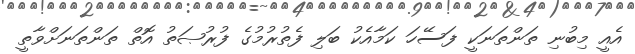
އެއީ މިބުނި ތަންތަނަކީ ފަސޭހަ ކަމާއެކު ބަލި ފެތުރުމުގެ ފުރުޞަތު އޮތް ތަންތަނަށްވާތީ